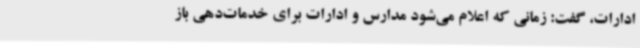
ادارات، گفت: زمانی که اعلام می‌شود مدارس و ادارات برای خدمات‌دهی باز